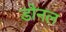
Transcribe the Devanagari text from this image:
डोनल